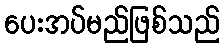
ပေးအပ်မည်ဖြစ်သည်